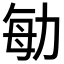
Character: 勄